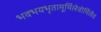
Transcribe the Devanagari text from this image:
भवभयभृतामूर्मिलेवोर्मिलैव